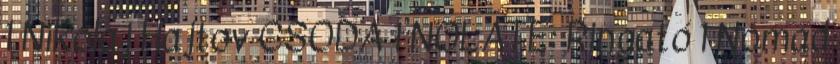
1 Nikolaj Hajtov CSODA 1 NOLATE: Ringató 1 Nomád